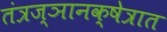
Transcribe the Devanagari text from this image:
तंत्रज्ञानक्षेत्रात